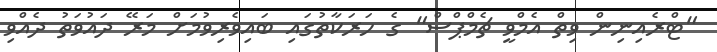
"ޓްރެއިނިން ވިތް އެމްވީ ޗެމްޕްސް" ގެ ހަރަކާތުގައި ބައިވެރިވުމަށް މަރޭ ދައުވަތު ދެއްވި